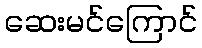
ဆေးမင်ကြောင်